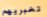
تخبريهم